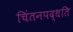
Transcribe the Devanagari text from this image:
चिंतनपद्धति